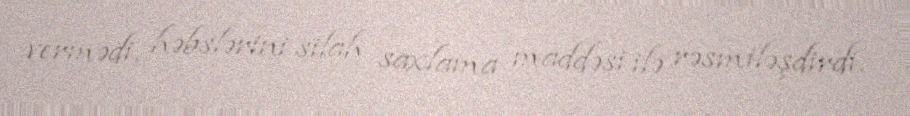
vermədi, həbslərini silah saxlama maddəsi ilə rəsmiləşdirdi.